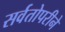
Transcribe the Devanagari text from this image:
सर्वतोपरीने